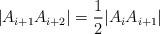
LaTeX: \begin{align*}|A_{i+1}A_{i+2}| = \frac{1}{2}|A_iA_{i+1}|\end{align*}